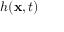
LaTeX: h ( \mathbf { x } , t )